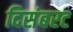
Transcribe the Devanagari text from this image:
दिसंबरट